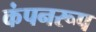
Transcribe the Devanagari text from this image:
कंपनरूप